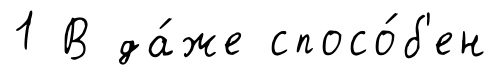
1 В да́же спосо́б'ен